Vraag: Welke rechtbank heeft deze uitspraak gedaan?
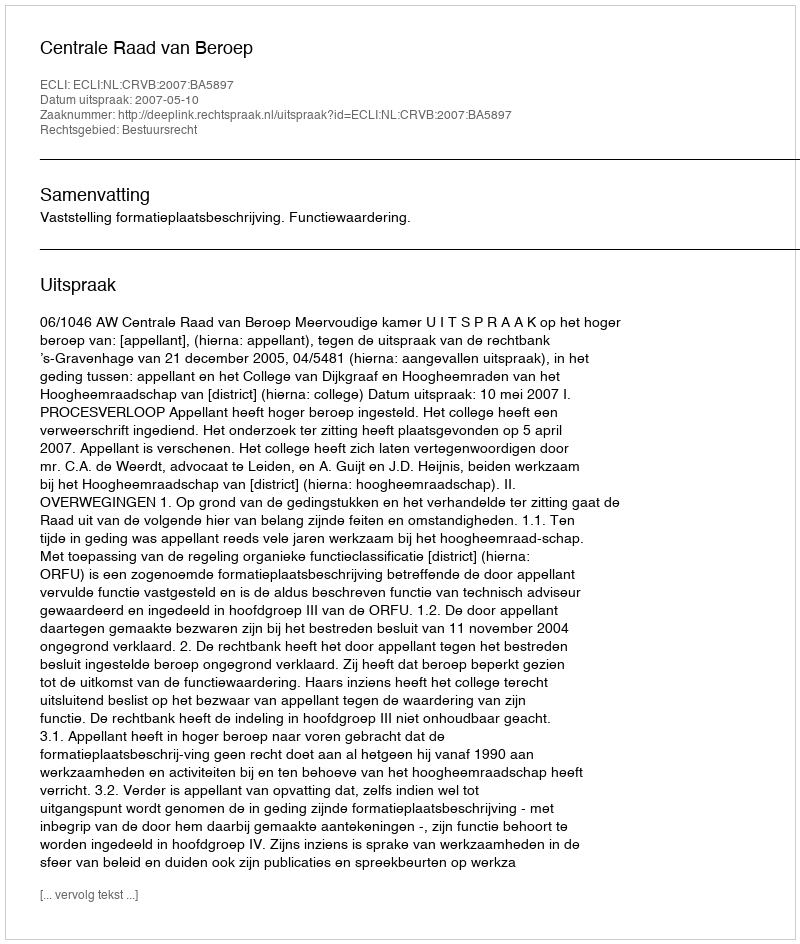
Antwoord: Centrale Raad van Beroep